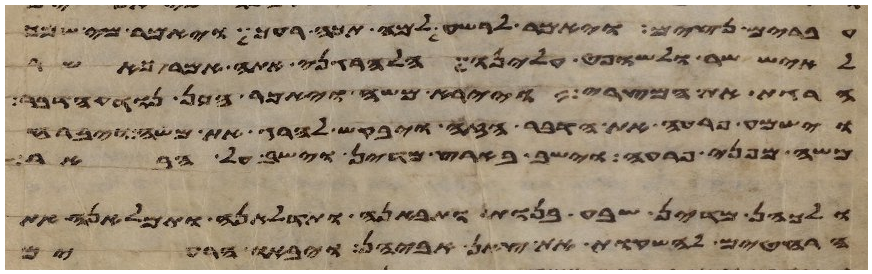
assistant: עברים נצים ויאמר לרשע למה תכה רעך ויאמר מי שמך
לאיש שר ולשופט עלינו הלהרגני אתה אמר כאשר
הרגת את המצרי ויירא משה ויאמר אכן נודע הדבר
וישמע פרעה את הדבר הזה ויבקש להרג את משה ויברח
משה מפני פרעה וישב בארץ מדין וישב על הבאר
ולכהן מדין שבע בנות ותבאנה ותדלאנה ותמלאנה את
הרחטים להשקות את צאן אביהן ויבאו הרעים